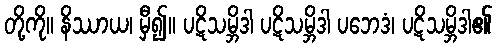
တို့ကို။ နိဿာယ၊ မှီ၍။ ပဋိသမ္ဘိဒါ ပဋိသမ္ဘိဒါ ပဘေဒံ၊ ပဋိသမ္ဘိဒါ၏